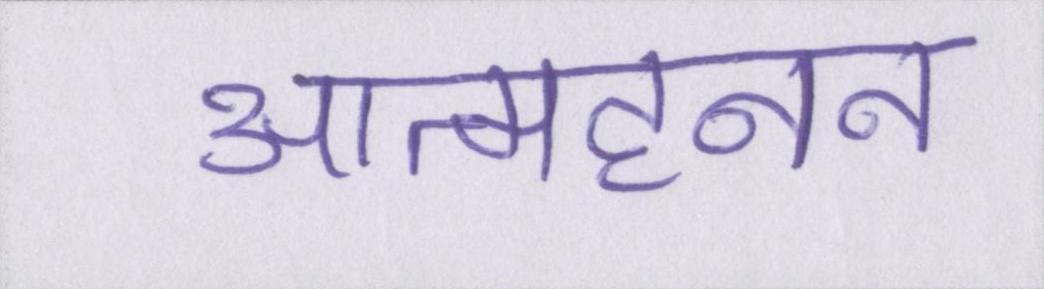
आत्महनन